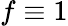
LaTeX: f\equiv 1